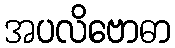
အပလိဗောဓာ